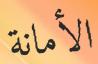
الأمانة